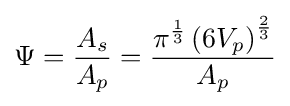
\Psi ={\frac {A_{s}}{A_{p}}}={\frac {\pi ^{\frac {1}{3}}\left(6V_{p}\right)^{\frac {2}{3}}}{A_{p}}}